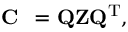
{ \bf C } _ { { \bf { \Lambda } } { \bf { \Lambda } } } = { \bf Q } { \bf Z } { \bf Q } ^ { \mathrm { T } } ,